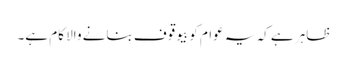
ظاہر ہے کہ یہ عوام کو بیوقوف بنانے والا کام ہے۔